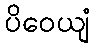
ပိဝေယျံ